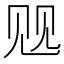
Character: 𲁓